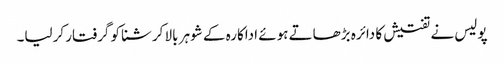
پولیس نے تفتیش کا دائرہ بڑھاتے ہوئے اداکارہ کے شوہر بالا کرشنا کو گرفتار کرلیا۔